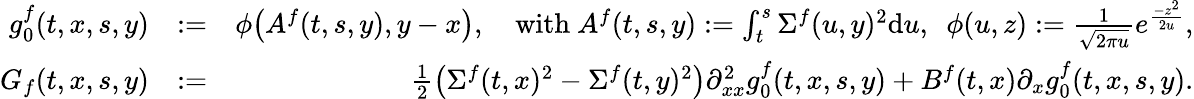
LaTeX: \begin{array}{rlr}{g_{0}^{f}(t,x,s,y)}&{:=}&{\phi\big(A^{f}(t,s,y),y-x\big),\quad\mathrm{with~}A^{f}(t,s,y):=\int_{t}^{s}\Sigma^{f}(u,y)^{2}\mathrm{d}u,~~\phi(u,z):=\frac{1}{\sqrt{2\pi u}}e^{\frac{-z^{2}}{2u}},}\\ {G_{f}(t,x,s,y)}&{:=}&{\frac 12\big(\Sigma^{f}(t,x)^{2}-\Sigma^{f}(t,y)^{2}\big)\partial_{xx}^{2}g_{0}^{f}(t,x,s,y)+B^{f}(t,x)\partial_{x}g_{0}^{f}(t,x,s,y).}\end{array}